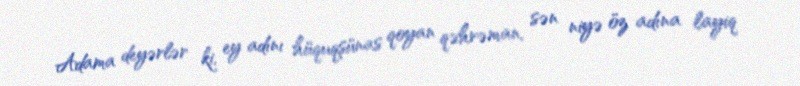
Adama deyərlər ki, ey adını hüquqşünas qoyan qəhrəman, sən niyə öz adına layiq